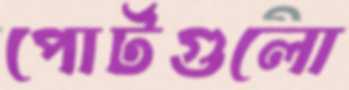
পোর্টগুলো